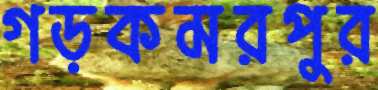
গড়কমরপুর